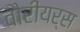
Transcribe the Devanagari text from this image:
वौरीयर्स